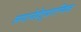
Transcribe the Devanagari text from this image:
लगानेहेतुप्रारम्भिक